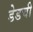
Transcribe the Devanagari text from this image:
डेडची